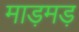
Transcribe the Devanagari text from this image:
माड़मड़